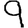
Digit: 9